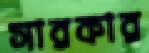
সারকার